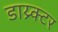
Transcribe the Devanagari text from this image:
डाय्र्क्टर